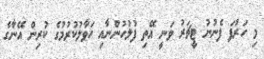
މި ހަރުފަ ފެނުނު ޓީޗަރު ވަނީ އޭތި ފުލުހުންނާއި ހަވާލުކުރުމުގެ ކުރިން އޭނާގެ